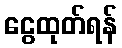
ငွေထုတ်ရန်